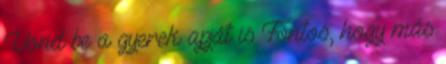
Vond be a gyerek apját is Fontos, hogy más